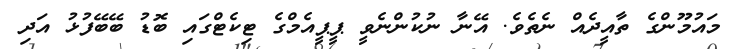
މައުމޫންގެ ތާއީދެއް ނެތެވެ. އޭނާ ނުކުންނެވީ ޕީޕީއެމްގެ ޓިކެޓްގައި ބޮޑު ބޭބޭފުޅު އަދި